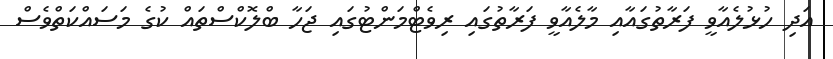
އަދި ހުޅުލެއާވީ ފަރާތުގައާއި މާލެއާވީ ފަރާތުގައި ރިވެޓްމަންޓުގައި ޖަހާ ބްލޮކްސްތައް ކުގެ މަސައްކަތްވެސް